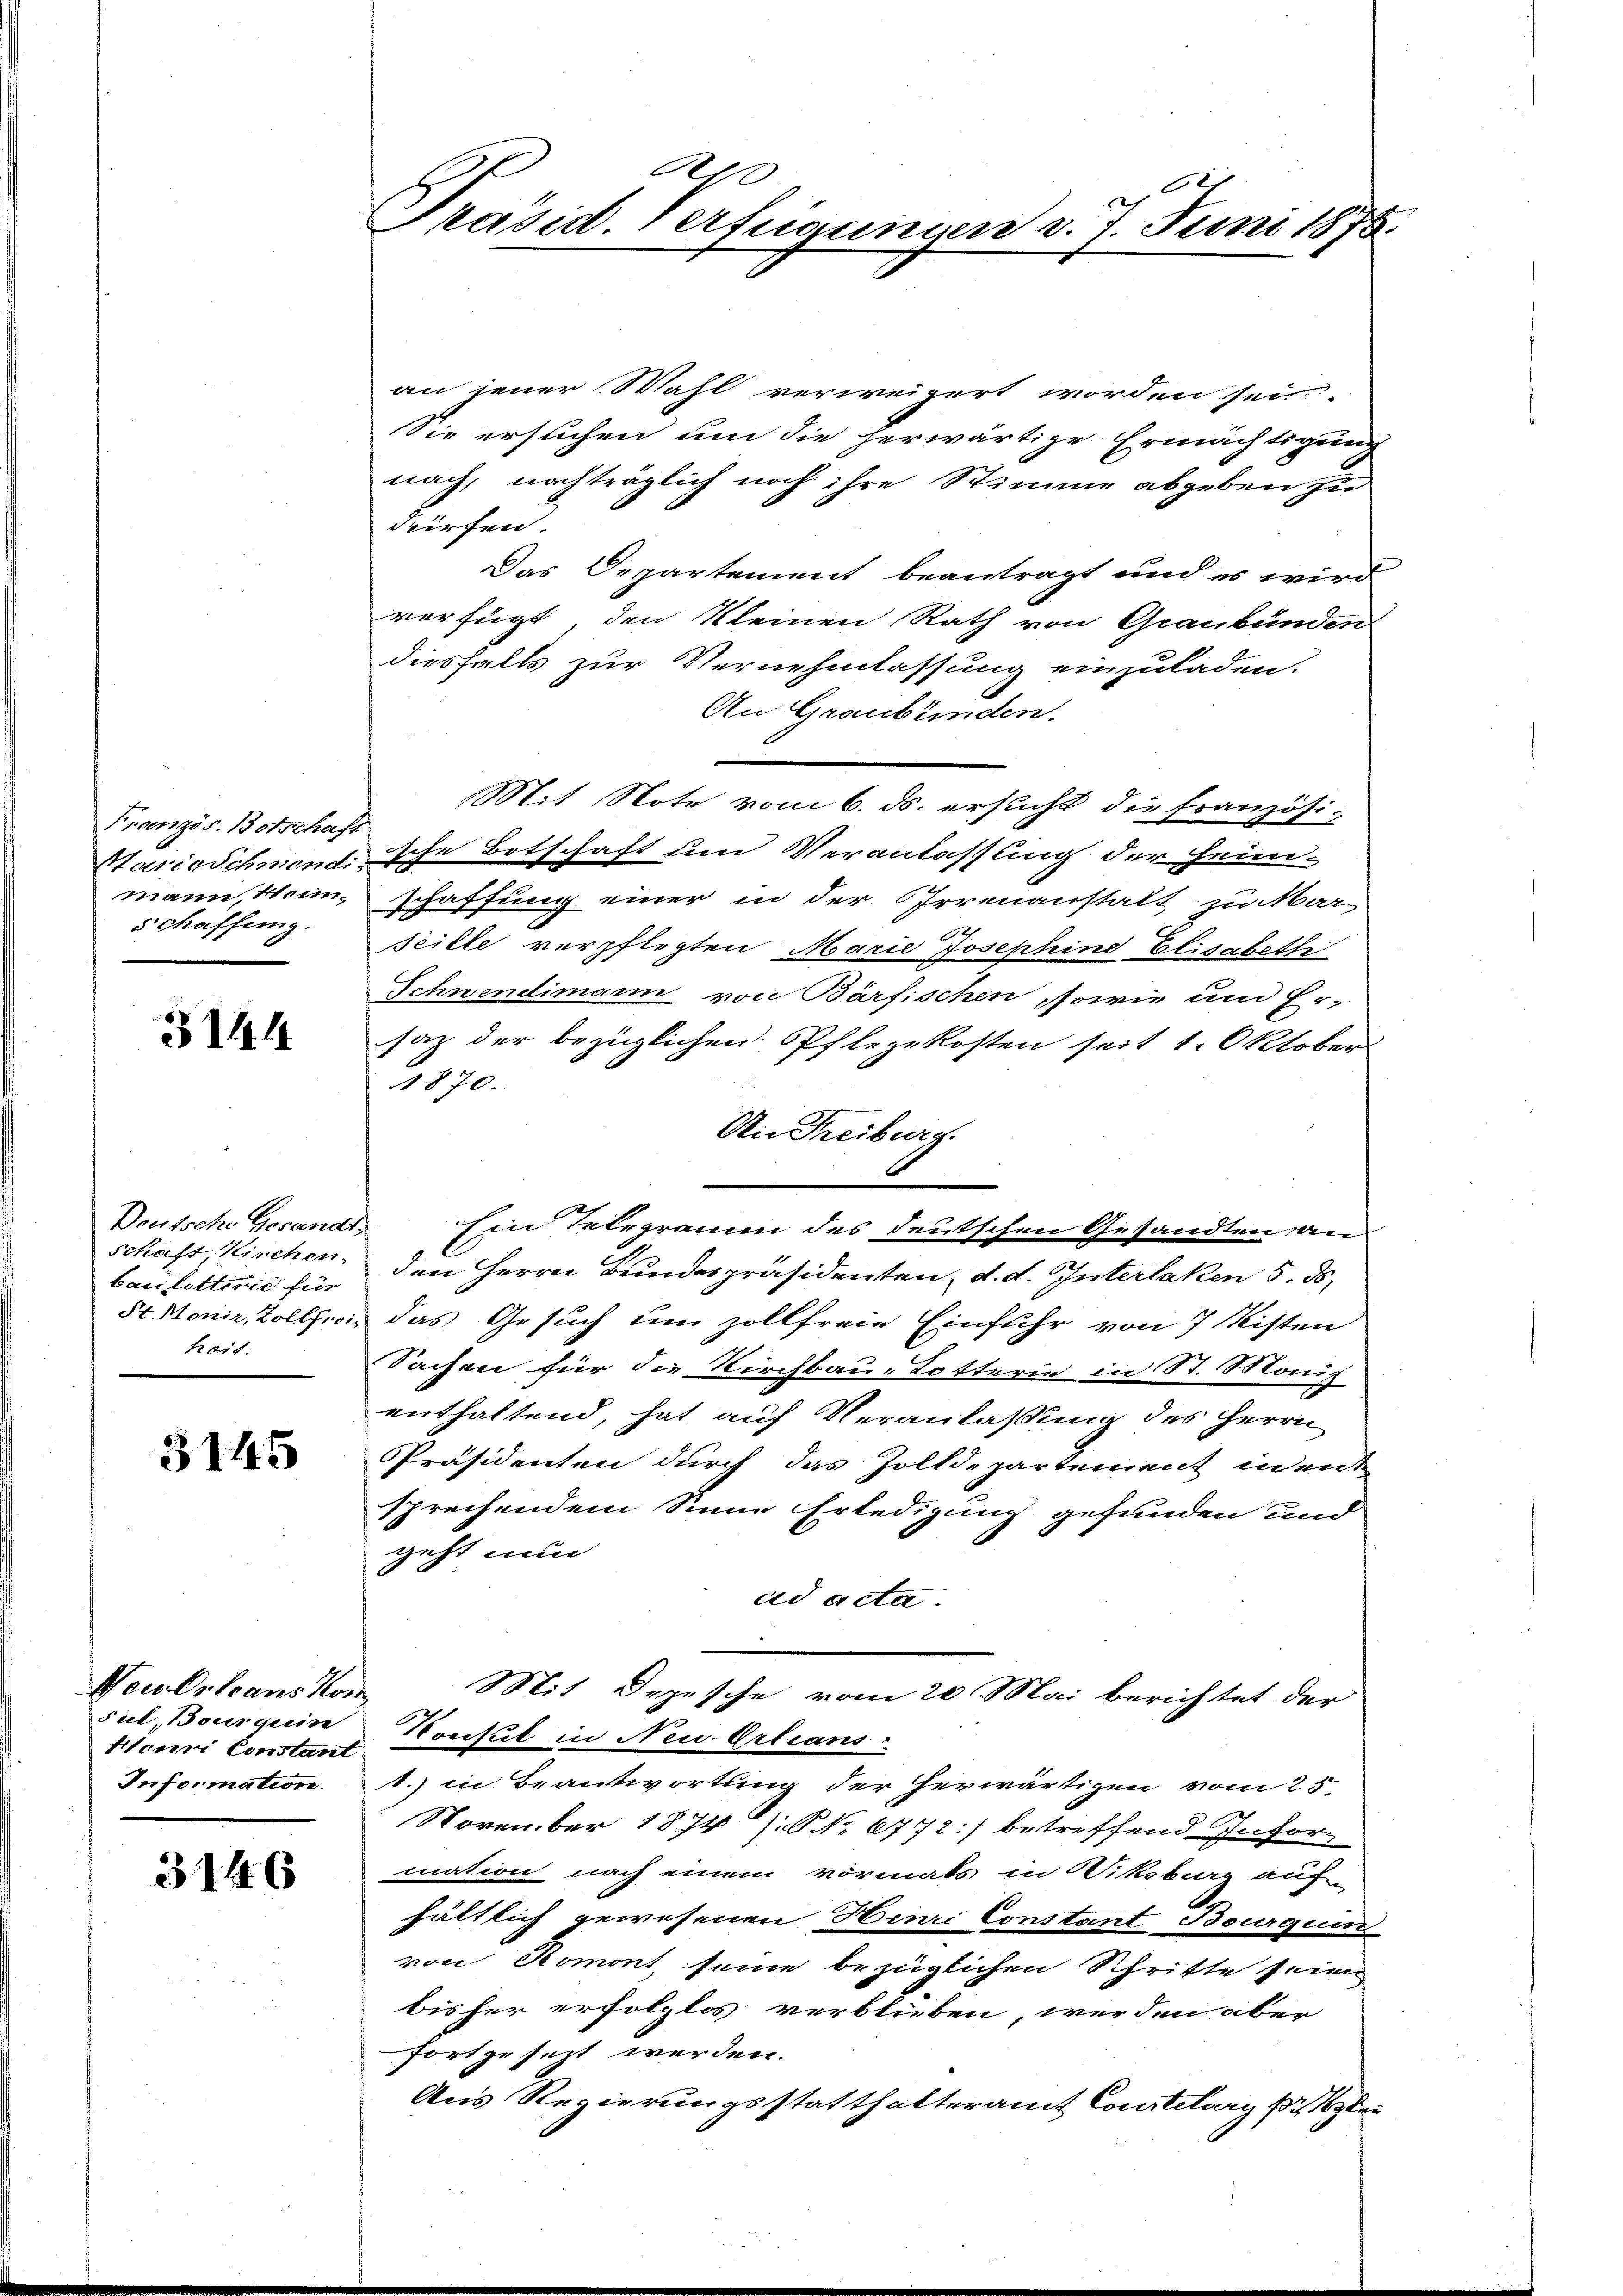
Französ. Botschaft
mann, Meinschaffung.

3144

Deutsche Gesandt,
baulotterie für
troit.

3145

Neu Orleans Kon
Sul, Bourgum
Hen Constant
Information.

3146

an jener Wahl verweigert worden sei.
Sie ersuchen um die herwärtige Ermächtigung
nach, nachträglich noch ihre Stimme abgeben zu
dürfen.
Das Departement beantragt und es wird
verfügt den Kleinen Rath von Graubünden
diesfalls zur Vernehmlassung einzuladen.
An Graubünden.
Mit Note vom 6. ds. ersucht die französi-
Hasicschniend sche Botschaft um Veranlassung der Heimschaffung einer in der Irrenanstalt zu ar
seille verpflegten Marie Josephind Elisabeth
Schwendimann von Bärfischen, sowie um Er-
saz der bezüglichen Pflegekosten seit 1. Oktober
1870.
Die Treiburg.
Ein Telegramm des deutschen Gesandten an
schaft, Kirchen den Herrn Bundespräsidenten, d. d. Interlaken 5. ds.
St. Moniz Zollfrei, das Gesuch um zollfreie Einfuhr von 7 Kisten
Sachen für die Kirchbau-Lotterie in St. Mang
enthaltend, hat auf Veranlassung des Herrn
Präsidenten durch das Zolldepartement in ent
sprechendem Sinne Erledigung gefunden und
geht nun
ad acta
Mit Depesche vom 20. Mai berichtet der
Konsul in Neu-Orleans
1.) in Beantwortung der herwärtigen vom 25.
November 1874 [NNo. 6772] betreffend Infor-
mation nach einem vormals in Diksburg auf-
hältlich gewesenen Henri Constant Bourquin
von Romont seine bezüglichen Schritte seien
bisher erfolglos verblieben, werden aber
fortgesezt werden.
Aus Regierungsstatthalteramt Constelary sieben

A
Präsid. Verfraumen v. 7. Juni 1875.